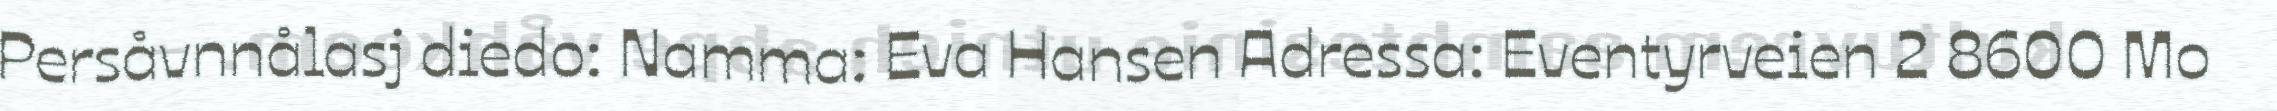
Persåvnnålasj diedo: Namma: Eva Hansen Adressa: Eventyrveien 2 8600 Mo